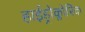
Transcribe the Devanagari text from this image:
हाईड्रोक्लोरिक